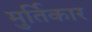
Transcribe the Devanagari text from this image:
मुर्तिकार